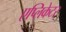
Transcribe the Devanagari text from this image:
एप्लिकेटर